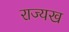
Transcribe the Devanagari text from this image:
राज्यख